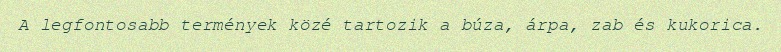
A legfontosabb termények közé tartozik a búza, árpa, zab és kukorica.